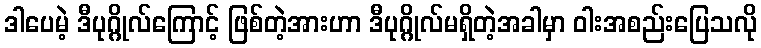
ဒါပေမဲ့ ဒီပုဂ္ဂိုလ်ကြောင့် ဖြစ်တဲ့အားဟာ ဒီပုဂ္ဂိုလ်မရှိတဲ့အခါမှာ ဝါးအစည်းပြေသလို